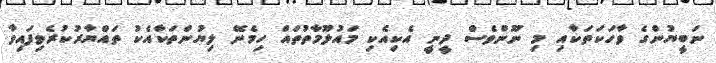
ނަބީޔުންގެ ވާހަކަތަަކާއި މި ނޫންވެސް ދީނީ އެކިއެކި މައުލޫމާތުތައް ހިމެނޭ ލިޔުންތަކާއެކު ތައްޔާރުކުރެވިފައިވާ